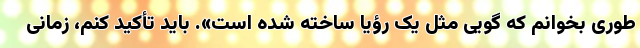
طوری بخوانم که گویی مثل یک رؤیا ساخته شده است». باید تأکید کنم، زمانی